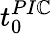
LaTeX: t_{0}^{PI\mathbb{C}}